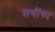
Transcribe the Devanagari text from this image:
सगींष्प